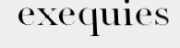
exequies